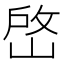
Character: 𡹘